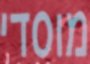
מוסדי